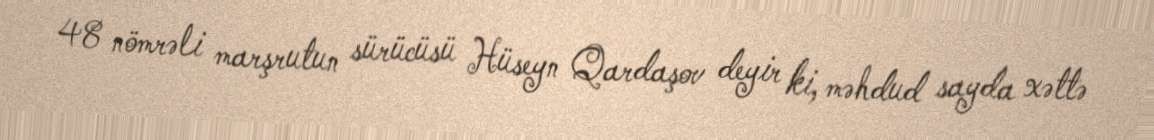
48 nömrəli marşrutun sürücüsü Hüseyn Qardaşov deyir ki, məhdud sayda xəttə